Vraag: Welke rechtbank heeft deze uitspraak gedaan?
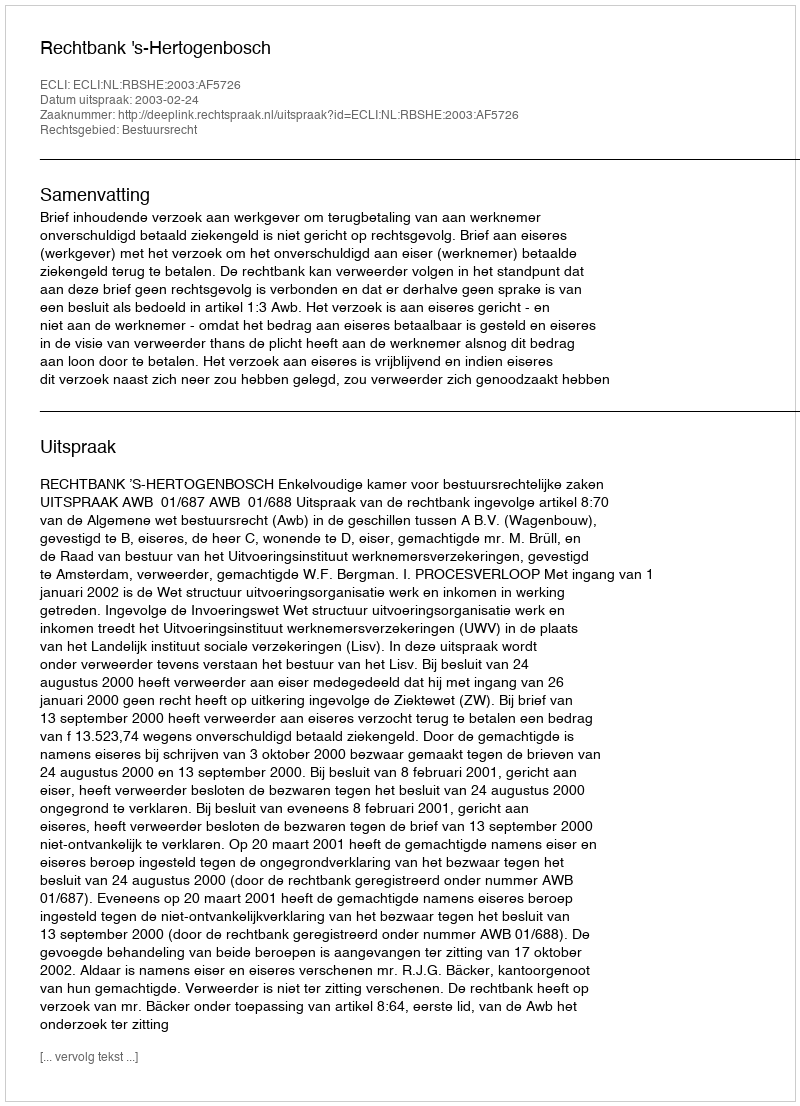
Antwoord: Rechtbank 's-Hertogenbosch